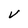
Character: v